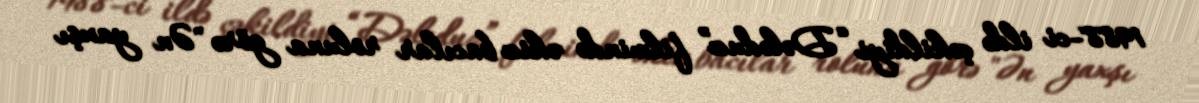
1988-ci ildə çəkildiyi “Dələduz” filmində əkiz bacılar roluna görə "Ən yaxşı